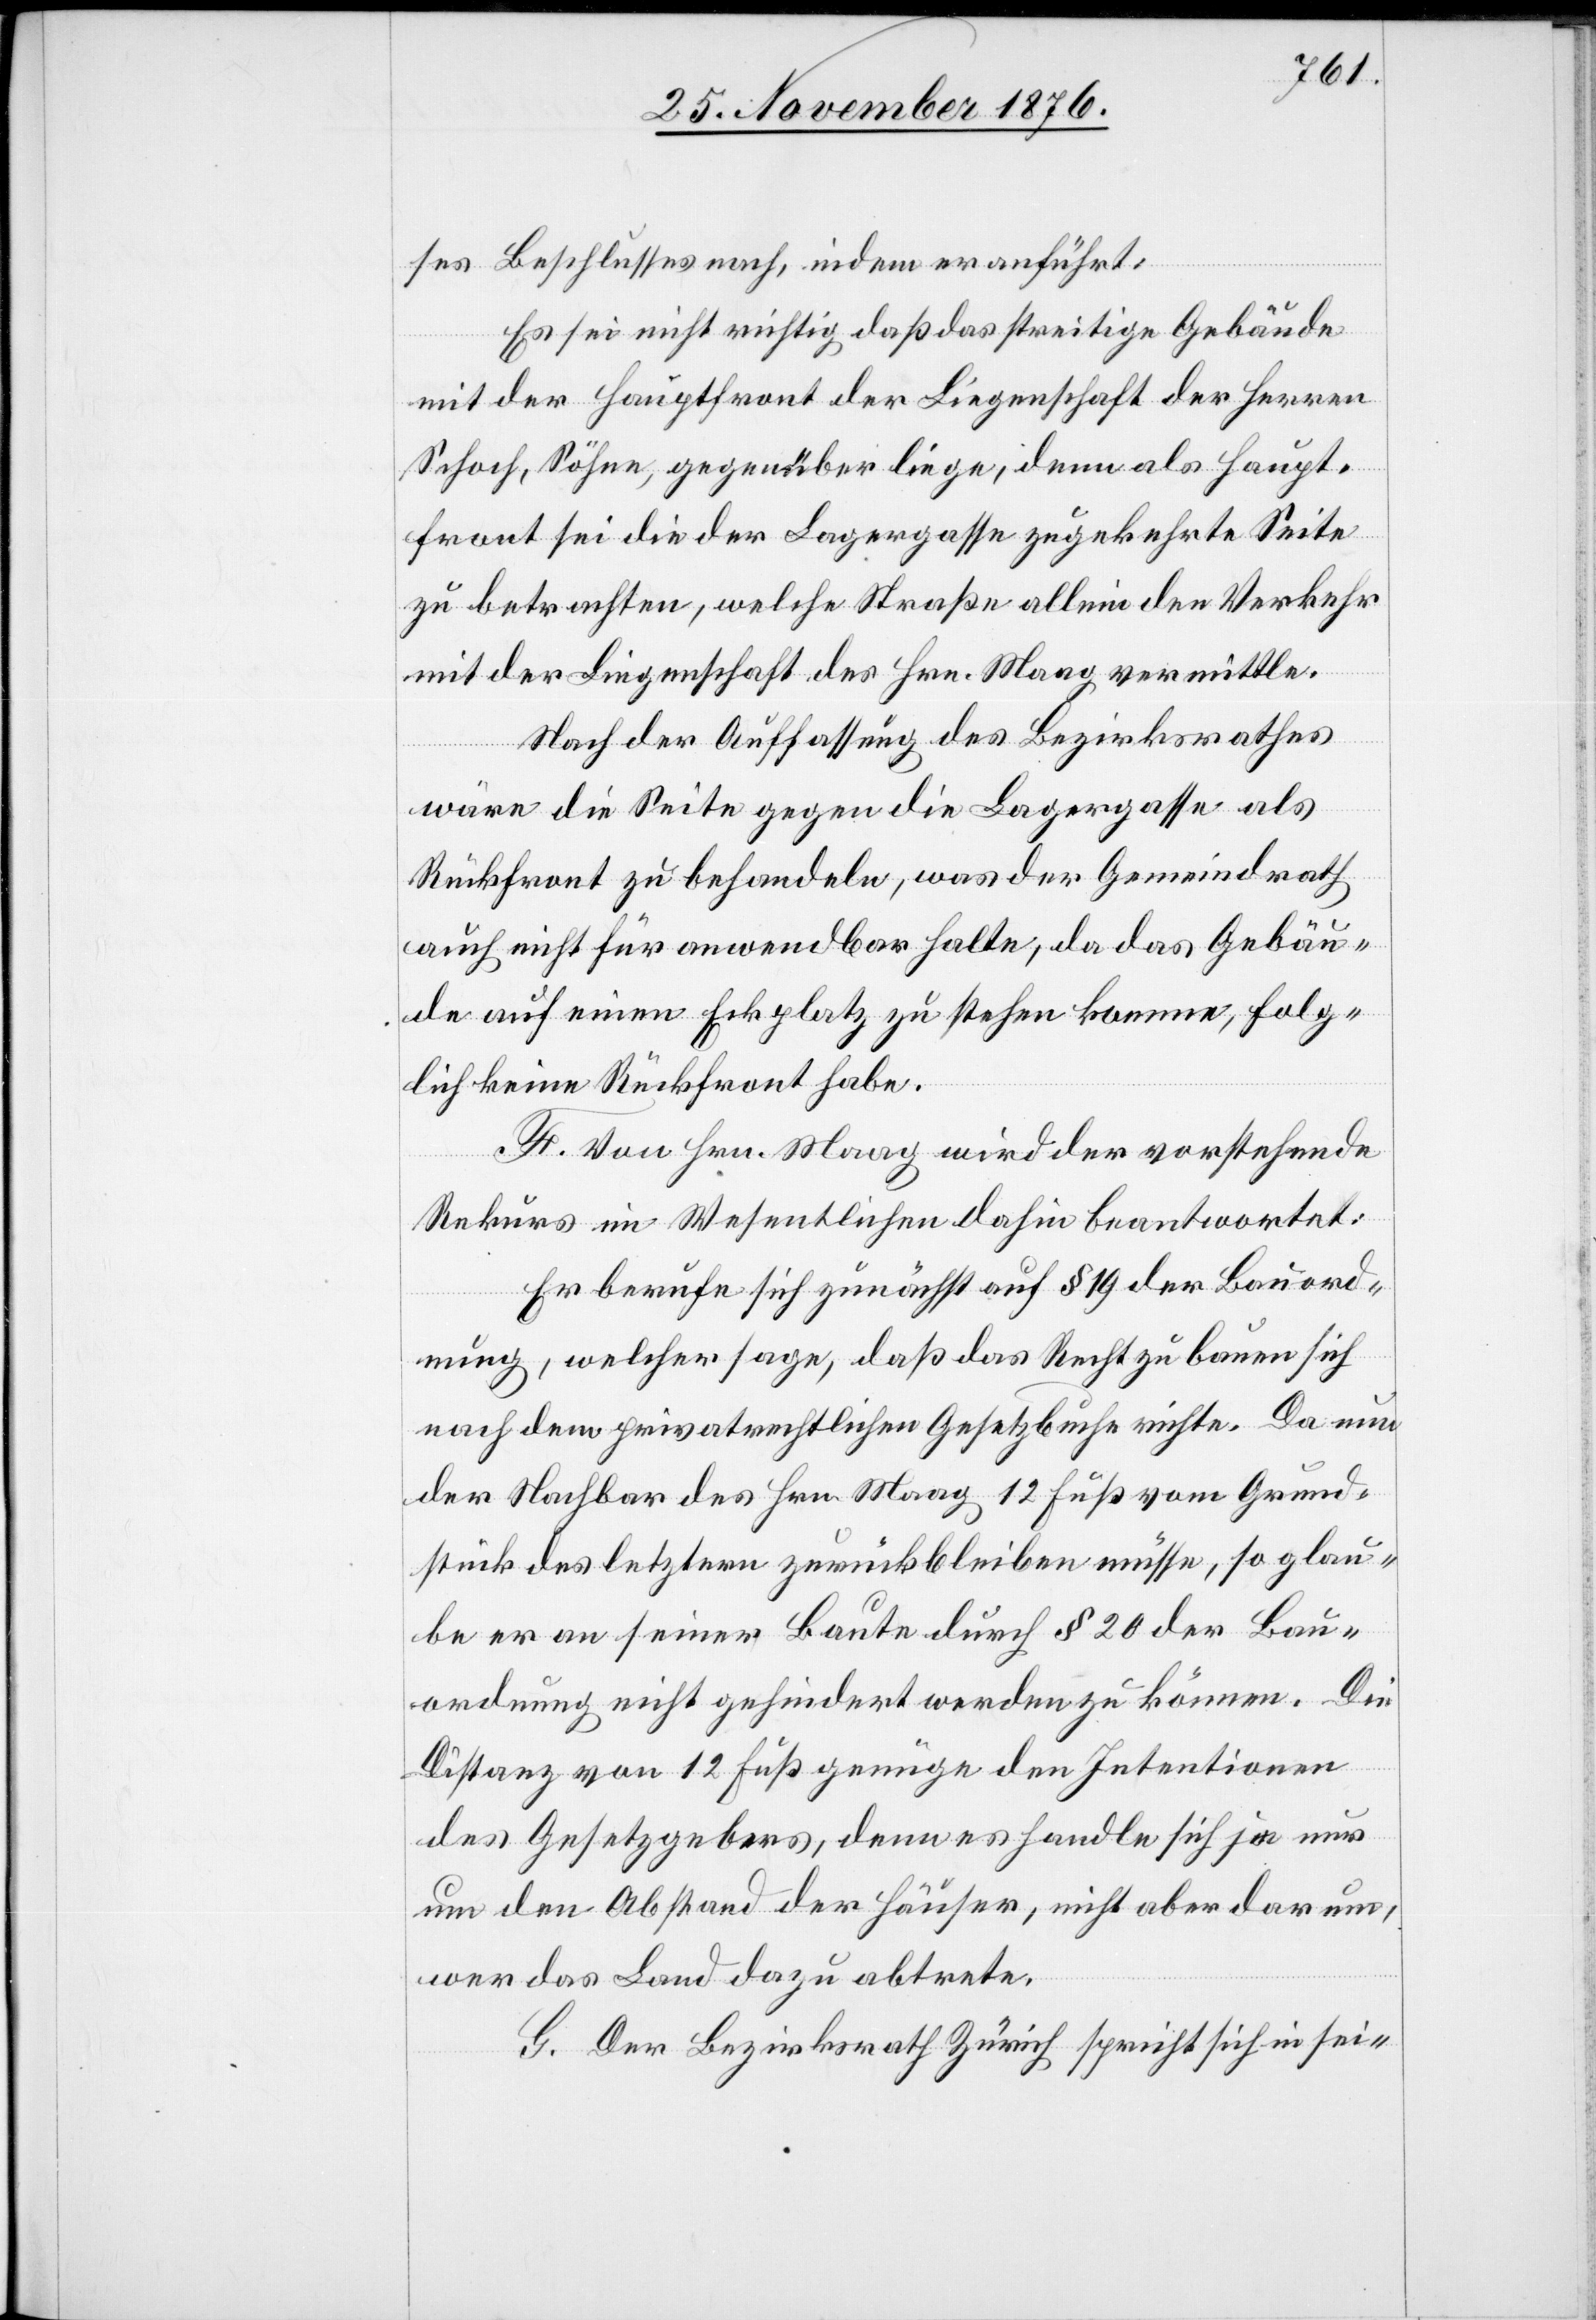
ses Beschlusses nach, indem er anführt:
Es sei nicht richtig daß das streitige Gebäude
mit der Hauptfront der Liegenschaft der Herren
Schoch, Söhne, gegenüber liege, denn als Haupt¬
front sei die der Lagergasse zugekehrte Seite
zu betrachten, welche Straße allein den Verkehr
mit der Liegenschaft des Hrn. Maag vermittle.
Nach der Auffassung des Bezirksrathes
wäre die Seite gegen die Lagergasse als
Rückfront zu behandeln, was der Gemeindrath
auch nicht für anwendbar halte, da das Gebäu¬
de auf einen Eckplatz zu stehen komme, folg¬
lich keine Rückfront habe.
F. Von Hrn. Maag wird der vorstehende
Rekurs im Wesentlichen dahin beantwortet:
Er berufe sich zunächst auf § 19 der Bauord¬
nung, welcher sage, daß das Recht zu bauen sich
nach dem privatrechtlichen Gesetzbuche richte. Da nun
der Nachbar des Hrn. Maag 12 Fuß vom Grund¬
stück des letztern zurückbleiben müsse, so glau¬
be er an seiner Baute durch § 20 der Bau¬
ordnung nicht gehindert werden zu können. Die
Distanz von 12 Fuß genüge den Intentionen
des Gesetzgebers, denn es handle sich ja nur
um den Abstand der Häuser, nicht aber darum,
wer das Land dazu abtrete.
G. Der Bezirksrath Zürich spricht sich in sei-